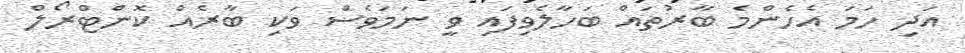
އަދި ހަމަ އެހެންމެ ބާރުތައް ބަހާލެވިފައި ވީ ނަމަވެސް ވަކި ބާރެއް ކޮންޓްރޯލް